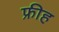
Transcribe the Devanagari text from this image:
फ्रीह